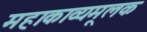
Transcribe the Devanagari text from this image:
महाकाव्यमूलक